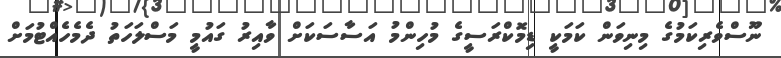
ނޫސްވެރިކަމުގެ މިނިވަން ކަމަކީ ޑިމޮކްރަސީގެ މުހިންމު އަސާސަކަށް ވާއިރު ގައުމީ މަސްލަހަތު ދެމެހެއްޓުމަށް